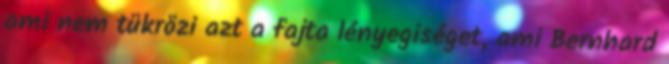
ami nem tükrözi azt a fajta lényegiséget, ami Bernhard